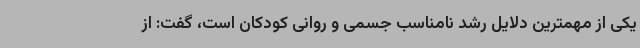
یکی از مهمترین دلایل رشد نامناسب جسمی و روانی کودکان است، گفت: از